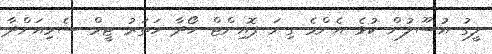
ލީގު އުސޫލުން ކުޅެ އެންމެ ގިނަ ޕޮއިންޓް ހޯދާ ހަތަރު ޓީމް ސެމިއަށްދާ